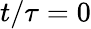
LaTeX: t/\tau=0